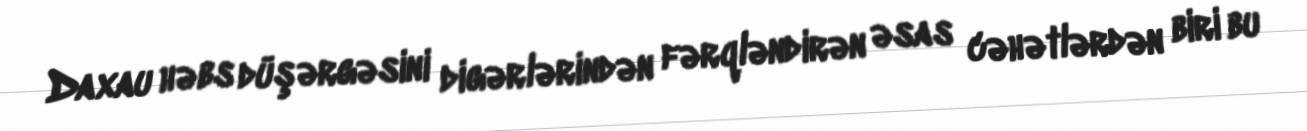
Daxau həbs düşərgəsini digərlərindən fərqləndirən əsas cəhətlərdən biri bu